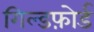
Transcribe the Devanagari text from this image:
गिल्डफ़ोर्ड